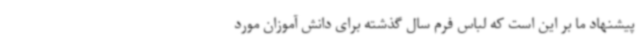
پیشنهاد ما بر این است که لباس فرم سال گذشته برای دانش آموزان مورد